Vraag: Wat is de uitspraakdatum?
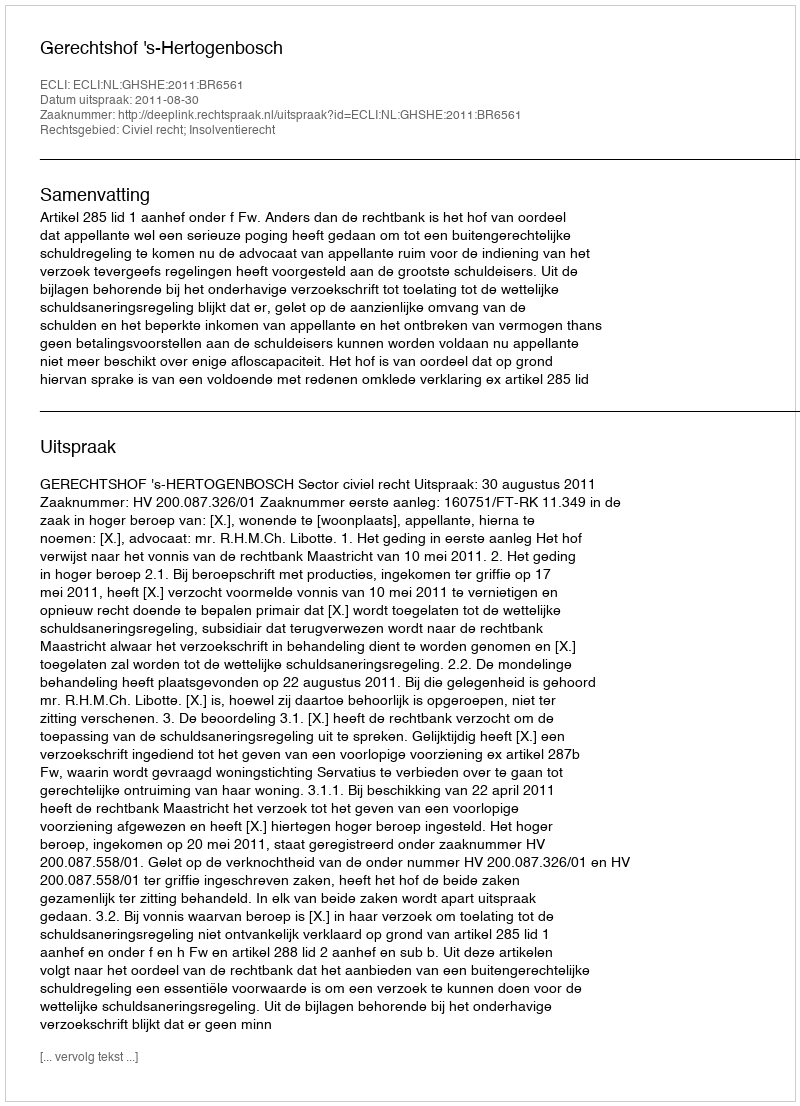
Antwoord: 2011-08-30